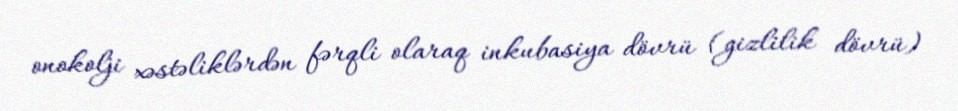
onokolji xəstəliklərdən fərqli olaraq inkubasiya dövrü (gizlilik dövrü)